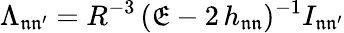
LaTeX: \Lambda_{\mathfrak{n}\mathfrak{n^{\prime}}}=R^{-3}\, (\mathfrak{E}-2\, h_{\mathfrak{n}\mathfrak{n}})^{-1}I_{\mathfrak{n}\mathfrak{n^{\prime}}}